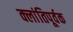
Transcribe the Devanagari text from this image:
क्लांतिपूर्वक